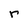
Character: r